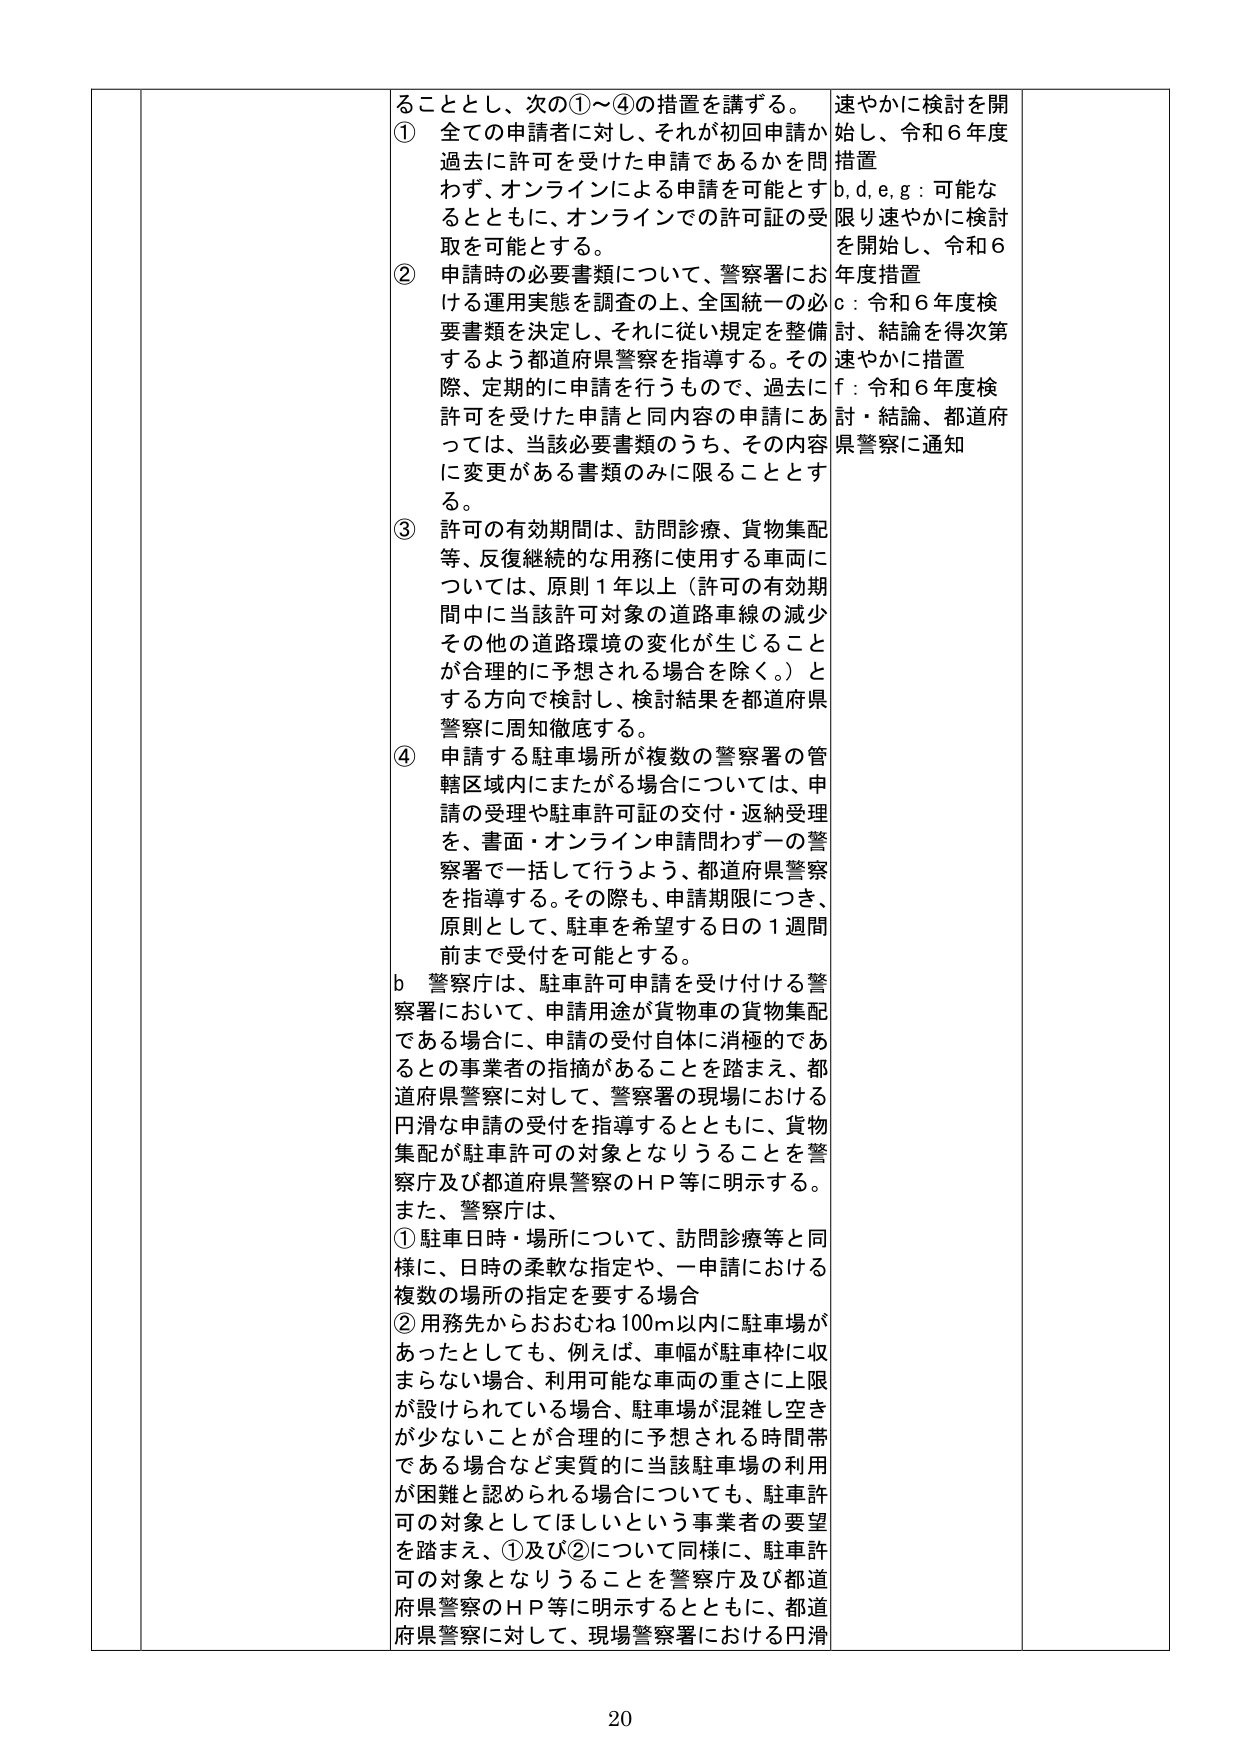
ることとし、次の①～④の措置を講ずる。
① 全ての申請者に対し、それが初回申請か過去に許可を受けた申請であるかを問わず、オンラインによる申請を可能とするとともに、オンラインでの許可証の受取を可能とする。
② 申請時の必要書類について、警察署における運用実態を調査の上、全国統一の必要書類を決定し、それに従い規定を整備するよう都道府県警察を指導する。その際、定期的に申請を行うもので、過去に許可を受けた申請と同内容の申請にあつては、当該必要書類のうち、その内容に変更がある書類のみに限ることとする。
③ 許可の有効期間は、訪問診療、貨物集配等、反復継続的な用務に使用する車両については、原則１年以上（許可の有効期間中に当該許可対象の道路車線の減少その他の道路環境の変化が生じることが合理的に予想される場合を除く。）とする方向で検討し、検討結果を都道府県警察に周知徹底する。
④ 申請する駐車場所が複数の警察署の管轄区域内にまたがる場合については、申請の受理や駐車許可証の交付・返納受理を、書面・オンライン申請問わず一の警察署で一括して行うよう、都道府県警察を指導する。その際も、申請期限につき、原則として、駐車を希望する日の１週間前まで受付を可能とする。
b 警察庁は、駐車許可申請を受け付ける警察署において、申請用途が貨物車の貨物集配である場合に、申請の受付自体に消極的であるとの事業者の指摘があることを踏まえ、都道府県警察に対して、警察署の現場における円滑な申請の受付を指導するとともに、貨物集配が駐車許可の対象となりうることを警察庁及び都道府県警察のＨＰ等に明示する。
また、警察庁は、
① 駐車日時・場所について、訪問診療等と同様に、日時の柔軟な指定や、一申請における複数の場所の指定を要する場合
② 用務先からおおむね100ｍ以内に駐車場があったとしても、例えば、車幅が駐車枠に収まらない場合、利用可能な車両の重さに上限が設けられている場合、駐車場が混雑し空きが少ないことが合理的に予想される時間帯である場合など実質的に当該駐車場の利用が困難と認められる場合についても、駐車許可の対象としてほしいという事業者の要望を踏まえ、①及び②について同様に、駐車許可の対象となりうることを警察庁及び都道府県警察のＨＰ等に明示するとともに、都道府県警察に対して、現場警察署における円滑

速やかに検討を開始し、令和６年度措置
b, d, e, g：可能な限り速やかに検討を開始し、令和６年度措置
c：令和６年度検討、結論を得次第速やかに措置
f：令和６年度検討・結論、都道府県警察に通知

20